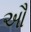
ઔ